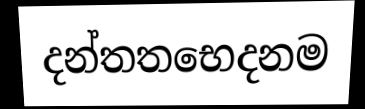
දන්තතභෙදනම